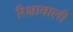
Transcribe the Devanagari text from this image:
रिक्षावाली